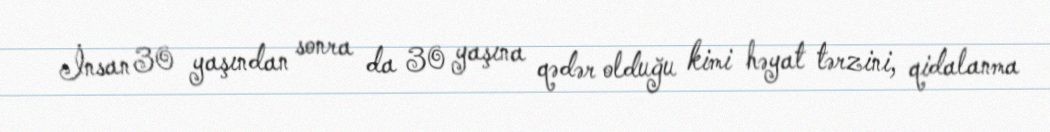
İnsan 30 yaşından sonra da 30 yaşına qədər olduğu kimi həyat tərzini, qidalanma